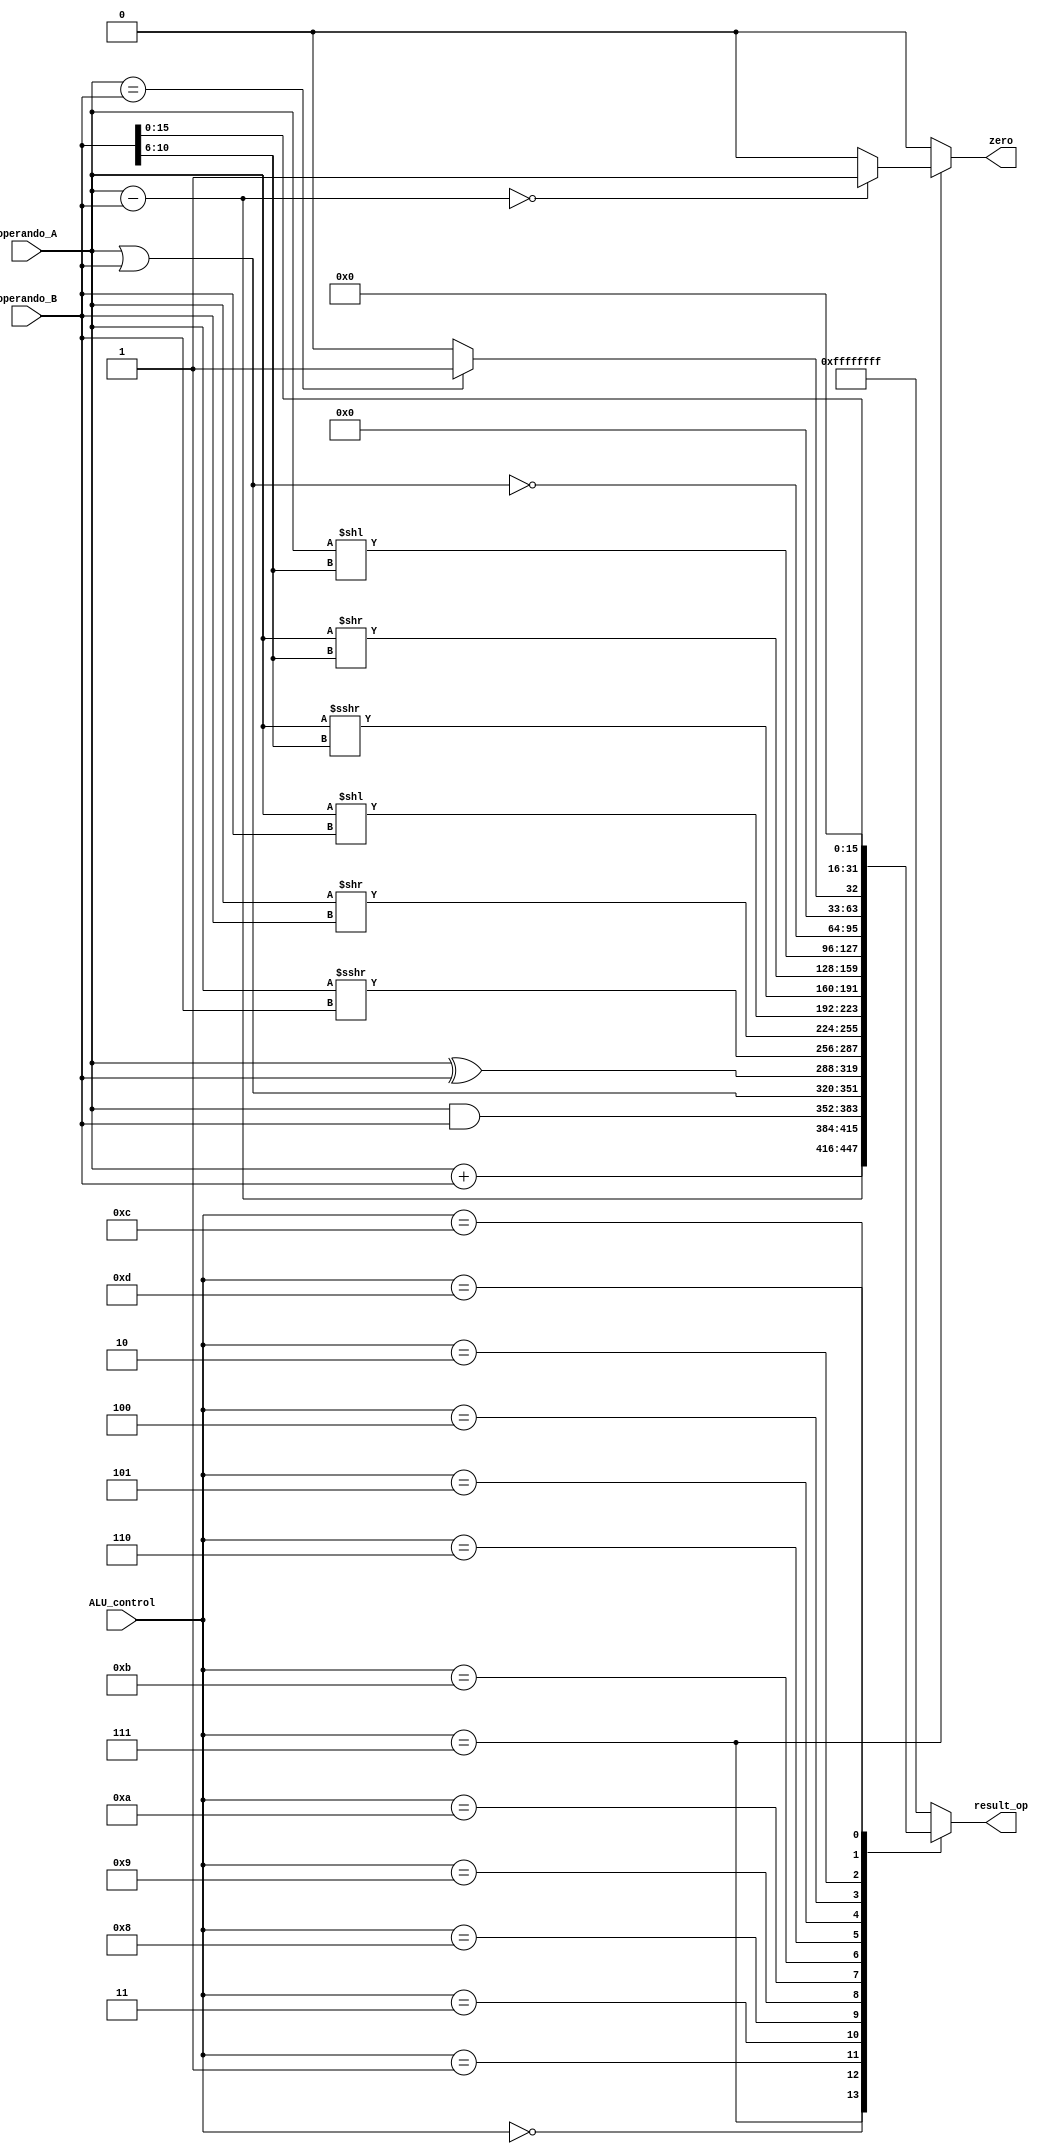
//Definicion de Macros para manipular mejor las operaciones
`define ADD     4'b0000     //Salida-> A + B
`define AND     4'b0001     //Salida-> A and B
`define NOR     4'b0010     //Salida-> A nor B
`define OR      4'b0011     //Salida-> A or B
`define SLL     4'b0100     //Salida-> A,B[10:6] <<
`define SRL     4'b0101     //Salida-> A,B[10:6] >>
`define SRA     4'b0110     //Salida-> A,B[10:6] >>> 
`define SUB     4'b0111     //Salida-> A - B
`define XOR     4'b1000     //Salida-> A xor B
`define SRAV    4'b1001     //Salida-> A,B >>> 
`define SRLV    4'b1010     //Salida-> A,B >>
`define SLLV    4'b1011     //Salida-> A,B <<
`define	SLT     4'b1100     //Salida-> (A < B)
`define	LUI     4'b1101     //Salida-> B,16 <<

//Modulo combinacional que, de manera continua, produce la salida teniendo en cuenta los operandos
//y la operacion
module ALU #(
    //Parametros
    parameter                           NBITS   =   32
    )
    (
    //Entradas
    input   wire    signed  [NBITS-1:0] operando_A, operando_B  ,
    input   wire            [3:0]       ALU_control             ,
    //Salidas
    output  reg     signed  [NBITS-1:0] result_op               ,
    output  reg                         zero
    );
    
    always @(*)
	begin : operaciones
	   zero    =   0   ;
	       case(ALU_control)
	        `ADD     :   result_op   =   operando_A + operando_B     ;
			`SUB     :
                begin
                    result_op   =   operando_A - operando_B         ;
                    zero        =   (result_op == 0) ? 1 : 0        ;
                end
			`AND     :   result_op   =   operando_A & operando_B     ;
			`OR      :   result_op   =   operando_A | operando_B     ;
			`XOR     :   result_op   =   operando_A ^ operando_B     ;
			`SRAV    :   result_op   =   operando_A >>> operando_B   ;
			`SRLV    :   result_op   =   operando_A >> operando_B    ;
			`SLLV    :   result_op   =   operando_A << operando_B    ;
			`SRA     :   result_op   =   operando_A >>> operando_B[10:6]     ;
			`SRL     :   result_op   =   operando_A >> operando_B[10:6]      ;
			`SLL     :   result_op   =   operando_A << operando_B[10:6]      ;
			`NOR     :   result_op   =   ~(operando_A | operando_B)  ;
			`SLT     :   result_op   =   (operando_A == operando_B) ? 1 : 0  ;
			`LUI     :   result_op   =   operando_B << 16            ;
			default  :   result_op   =   {NBITS{1'b1}}              ;   //FF es el resultado default
		endcase
	end
    
endmodule